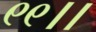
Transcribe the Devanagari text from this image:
९९।।